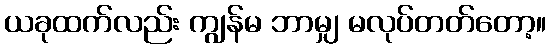
ယခုထက်လည်း ကျွန်မ ဘာမျှ မလုပ်တတ်တော့။